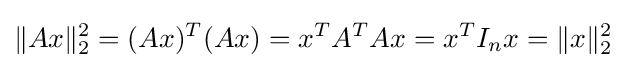
\|Ax\|_{2}^{2}=(Ax)^{T}(Ax)=x^{T}A^{T}Ax=x^{T}I_{n}x=\|x\|_{2}^{2}